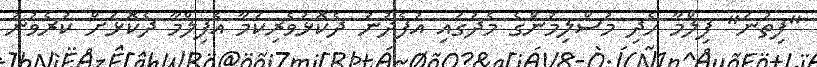
"ފިތުނަ" ފިލްމާ ހެދި މުސްލިމުންގެ މެދުގައި އުފެދުނު ދެކޮޅުވެރިކަމާ އެފިލްމާ ދެކޮޅަށް ކުރެވުނު